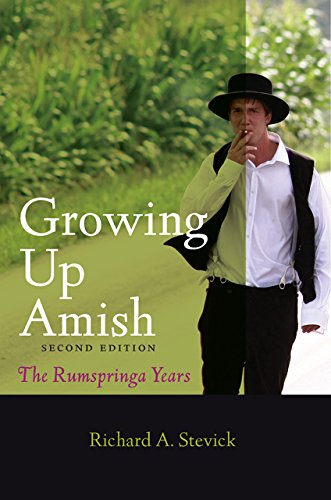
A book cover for Growing Up Amish: The Rumspringa Years (Young Center Books in Anabaptist and Pietist Studies); Richard A. Stevick; Christian Books & Bibles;